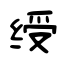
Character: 绶